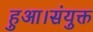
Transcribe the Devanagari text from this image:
हुआ।संयुक्त